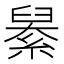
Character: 𦦆